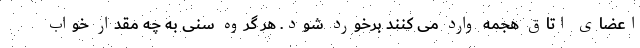
اعضای اتاق هجمه وارد می کنند برخورد شود. هر گروه سنی به چه مقدار خواب